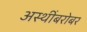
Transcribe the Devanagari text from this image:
अस्थींबरोबर